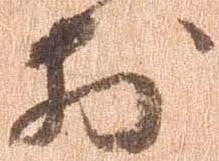
於